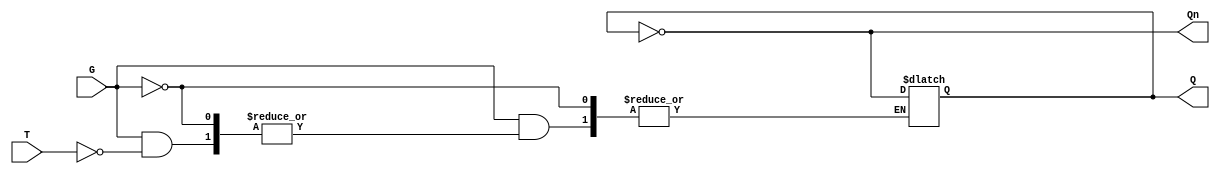
module Gated_T_Latch (
    input wire T,      // Toggle input
    input wire G,      // Gate signal
    output reg Q,      // Output
    output wire Qn     // Complement of Q
);

// Complement of Q
assign Qn = ~Q;

// Always block to implement the latch behavior
always @(*) begin
    if (G == 0) begin
        // Hold state
        Q <= Q; // No change
    end else if (G == 1) begin
        if (T == 1) begin
            // Toggle state
            Q <= ~Q; // Toggle
        end else begin
            // Hold state
            Q <= Q; // No change
        end
    end
end

endmodule